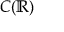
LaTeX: C ( \mathbb { R } )